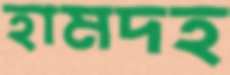
হামদহ